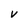
Character: V